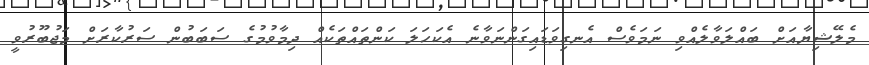
މެލޭޝިޔާއަށް ބައްލަވާލެއްވި ނަމަވެސް އެނގިވަޑައިގަންނަވާނެ އެކަހަލަ ކަންތައްތަކެއް ދިމާވުމުގެ ސަބަބުން ސަރުކާރަށް މަޖުބޫރުވީ